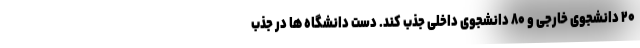
۲۰ دانشجوی خارجی و ۸۰ دانشجوی داخلی جذب کند. دست دانشگاه ها در جذب